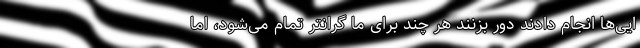
ایی‌ها انجام دادند دور بزنند هر چند برای ما گرانتر تمام می‌شود، اما